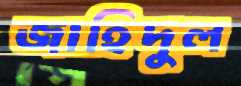
জাহিদুল